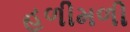
હળીમળી